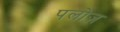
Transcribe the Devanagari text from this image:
पलोज़